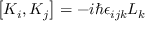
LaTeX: \left[ K _ { i } , K _ { j } \right] = - i \hbar \epsilon _ { i j k } L _ { k }